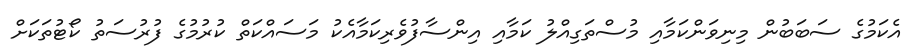
އެކަމުގެ ސަބަބުން މިނިވަންކަމާއި މުސްތަގިއްލު ކަމާއި އިންސާފުވެރިކަމާއެކު މަސައްކަތް ކުރުމުގެ ފުރުސަތު ކޯޓުތަކަށް